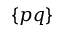
\{ p q \}